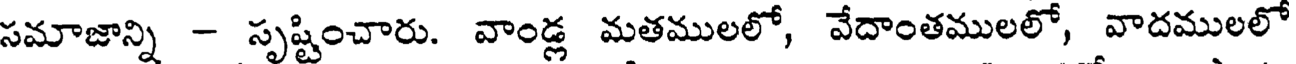
సమాజాన్ని - సృష్టించారు. వాండ్ల మతములలో, వేదాంతములలో, వాదములలో